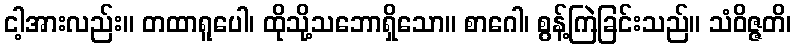
ငါ့အားလည်း။ တထာရူပေါ၊ ထိုသို့သဘောရှိသော။ စာဂေါ၊ စွန့်ကြဲခြင်းသည်။ သံဝိဇ္ဇတိ၊